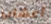
أعشاب